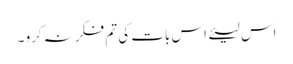
اس لیئے اس بات کی تم فکر نہ کرو ۔